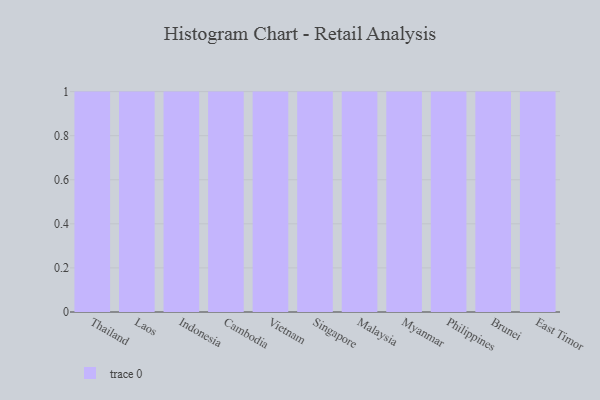
{"axis": {"x": "Country", "y": "Headcount"}, "legend": [""], "data": [{"x": "Thailand", "y": 47, "type": ""}, {"x": "Laos", "y": 30, "type": ""}, {"x": "Indonesia", "y": 20, "type": ""}, {"x": "Cambodia", "y": 35, "type": ""}, {"x": "Vietnam", "y": 77, "type": ""}, {"x": "Singapore", "y": 56, "type": ""}, {"x": "Malaysia", "y": 12, "type": ""}, {"x": "Myanmar", "y": 84, "type": ""}, {"x": "Philippines", "y": 59, "type": ""}, {"x": "Brunei", "y": 22, "type": ""}, {"x": "East Timor", "y": 45, "type": ""}]}